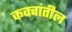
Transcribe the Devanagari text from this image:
कवचांतील